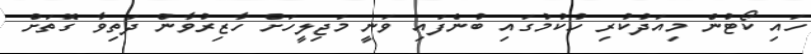
ހައި ކޯޓުން މިއަދުކުރި ހުކުމުގައި ބުނެފައި ވަނީ މަޖިލީހަށް ހާޒިރުވާން ދަތިވާ ގޮތަށް